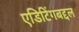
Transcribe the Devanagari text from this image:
एडिटिंगबद्दल